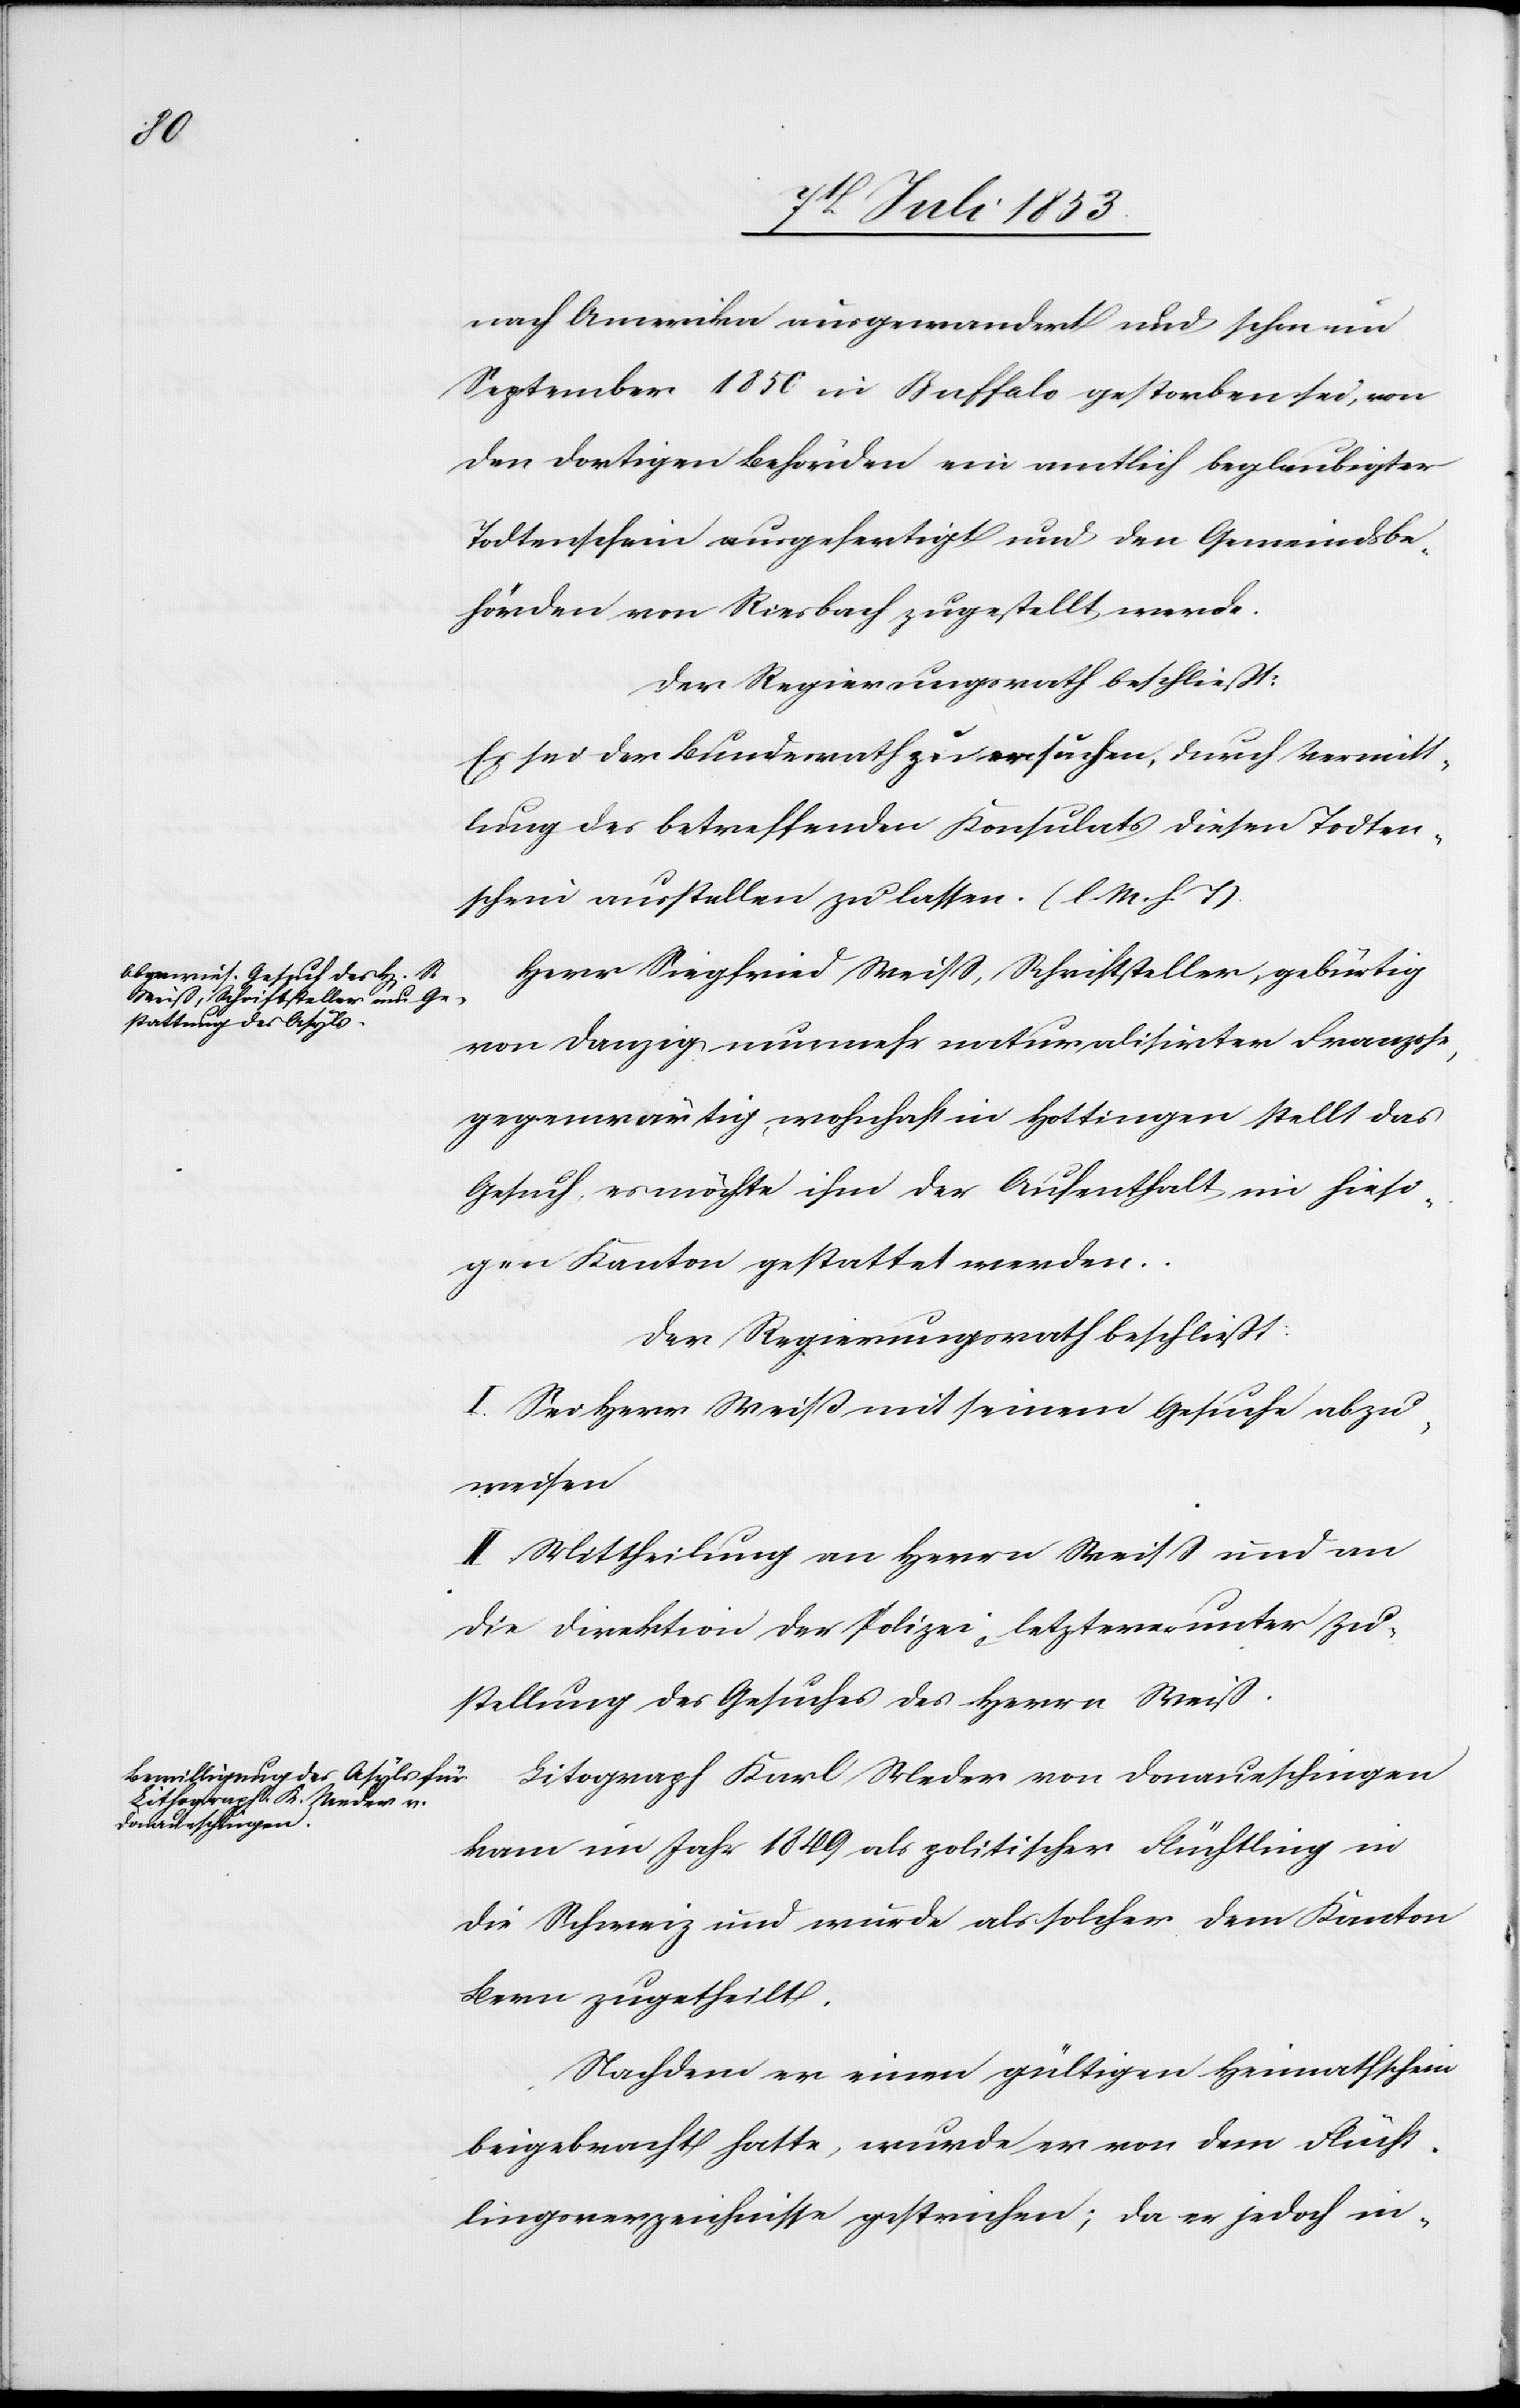
nach Amerika ausgewandert und schon im
September 1850 in Buffalo gestorben sei, von
den dortigen Behörden ein amtlich beglaubigter
Todtenschein ausgefertigt und den Gemeindsbe¬
hörden von Riesbach zugestellt werde.
Der Regierungsrath beschließt:
Es sei der Bundesrath zu ersuchen, durch Vermitt¬
lung des betreffenden Konsulats diesen Todten¬
schein ausstellen zu laßen. [l. M. h. T]
Herr Siegfried Weiß, Schriftsteller, gebürtig
von Danzig nunmehr naturalisirter Franzose,
gegenwärtig, wohnhaft in Hottigen stellt das
Gesuch, es möchte ihm der Aufenthalt im hiesi¬
gen Kanton gestattet werden.
Der Regierungsrath beschließt:
I. Sei Herrn Weiß mit seinem Gesuche abzu¬
weisen.
II. Mittheilung an Herrn Weiß und an
die Direktion der Polizei, letztere unter Zu¬
stellung des Gesuches des Herrn Weiß.
Litograph Karl Weder von Donaueschingen
kam im Jahr 1849 als politischer Flüchtling in
die Schweiz und wurde als solcher dem Kanton
Bern zugetheilt.
Nachdem er seinen gültigen Heimathschein
beigebracht hatte, wurde er von dem Flücht¬
lingsverzeichnisse gestrichen; da er jedoch in-